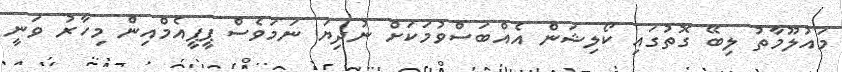
މައުލޫމާތު ލިބޭ ގޮތުގައި ކޯލިޝަން އެއްބަސްވުމަކަށް ނުދިޔަ ނަމަވެސް ޕީޕީއެމްއިން މިހާރު ވަނީ